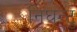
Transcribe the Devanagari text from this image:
निघन्टु